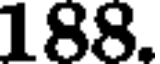
188.